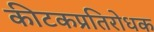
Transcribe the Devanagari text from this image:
कीटकप्रतिरोधक